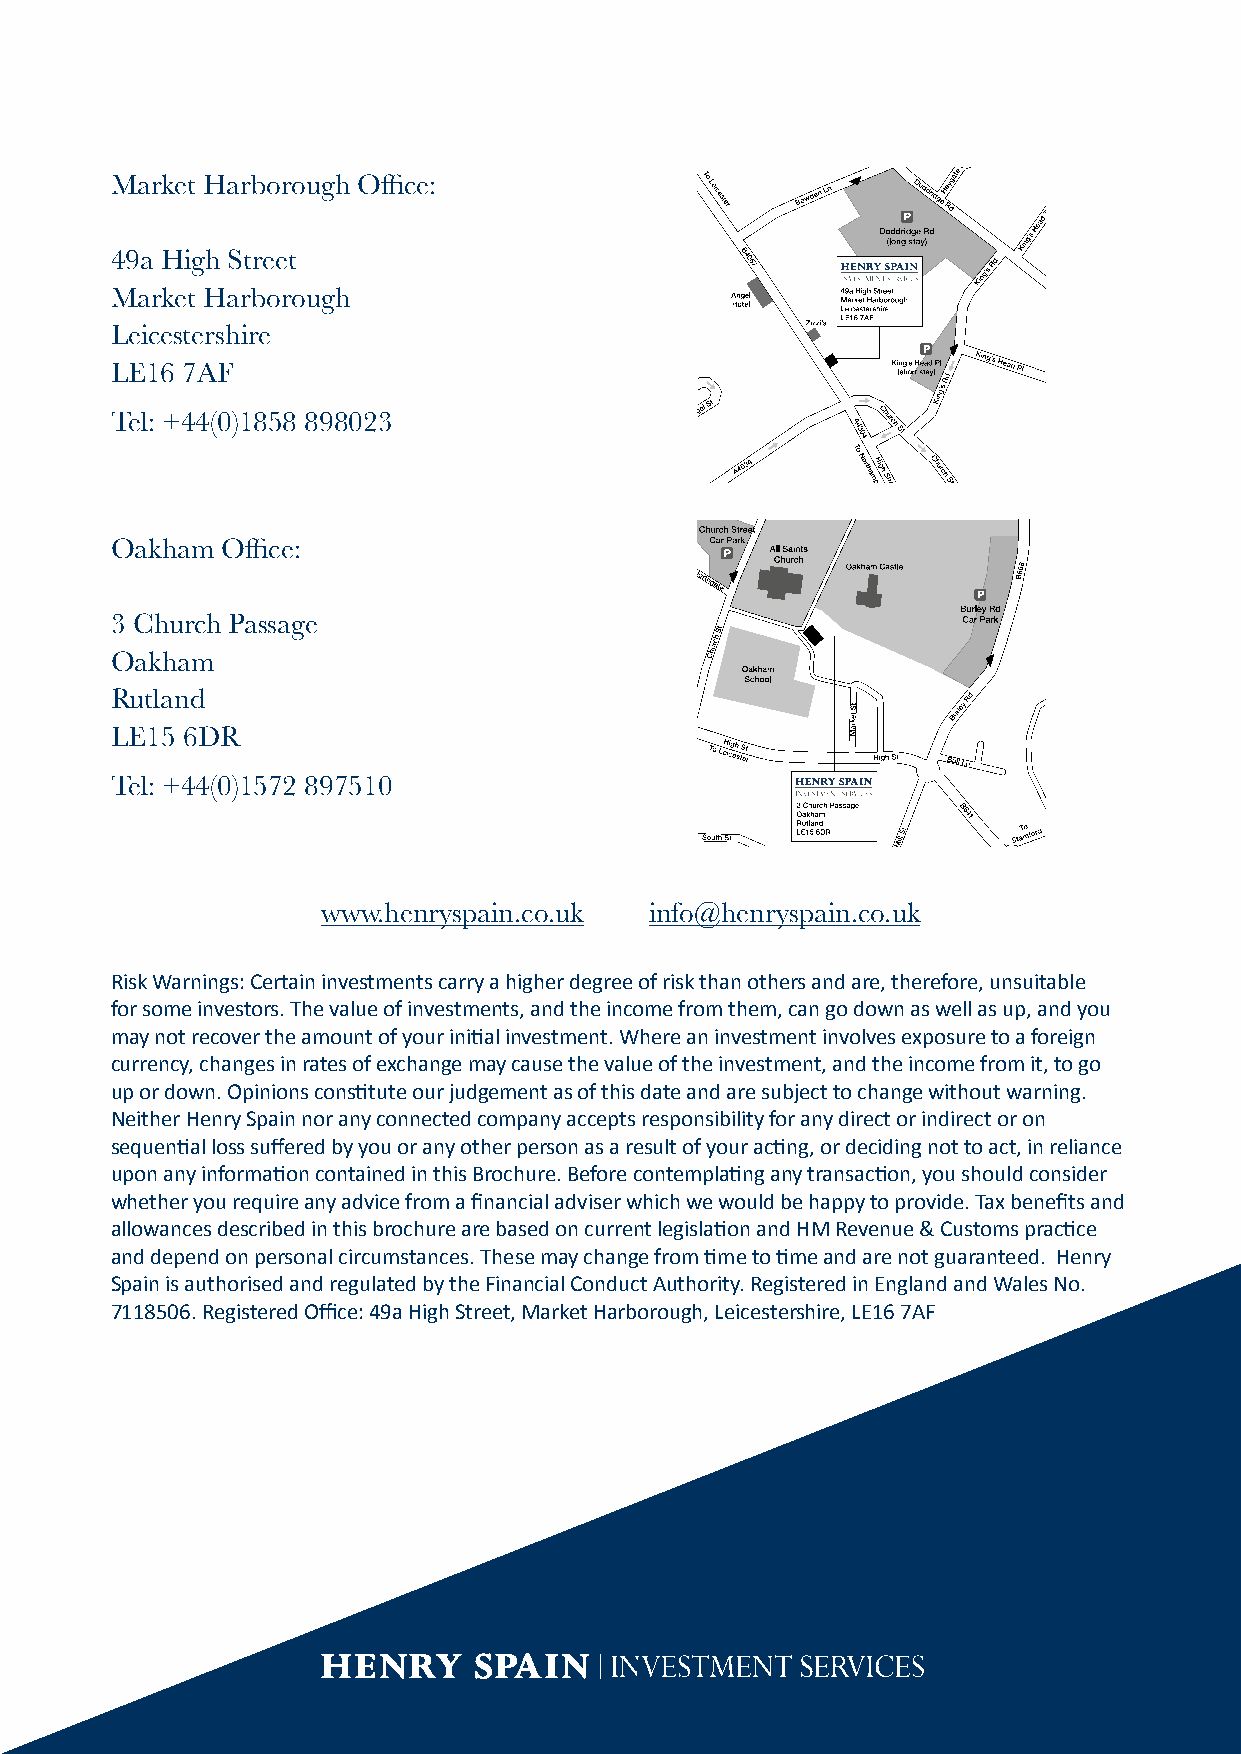
Market Harborough Office:
 49a High Street
 Market Harborough
 Leicestershire
 LE16 7AF
 Tel: +44(0)1858 898023
 Oakham  Office:
 3 Church Passage
 Oakham
 Rutland
 LE15 6DR
 Tel: +44(0)1572 897510
 www.henryspain.co.uk  info@henryspain.co.uk
 Risk Warnings: Certain investments carry a higher degree of risk than others and are, therefore, unsuitable
 for some investors. The value of investments, and the income from them, can go down as well as up, and you
 may not recover the amount of your initial investment. Where an investment involves exposure to a foreign
 currency, changes in rates of exchange may cause the value of the investment, and the income from it, to go
 up or down. Opinions constitute our judgement as of this date and are subject to change without warning.
 Neither Henry Spain nor any connected company accepts responsibility for any direct or indirect or on
 sequential loss suffered by you or any other person as a result of your acting, or deciding not to act, in reliance
 upon any information contained in this Brochure. Before contemplating any transaction, you should consider
 whether you require any advice from a financial adviser which we would be happy to provide. Tax benefits and
 allowances described in this brochure are based on current legislation and HM Revenue & Customs practice
 and depend on personal circumstances. These may change from time to time and are not guaranteed. Henry
 Spain is authorised and regulated by the Financial Conduct Authority. Registered in England and Wales No.
 7118506. Registered Office: 49a High Street, Market Harborough, Leicestershire, LE16 7AF
 13